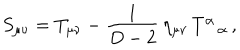
LaTeX: S _ { \mu \nu } = T _ { \mu \nu } - \frac { 1 } { D - 2 } \, \eta _ { \mu \nu } \, T _ { \alpha } ^ { \alpha } \, ,